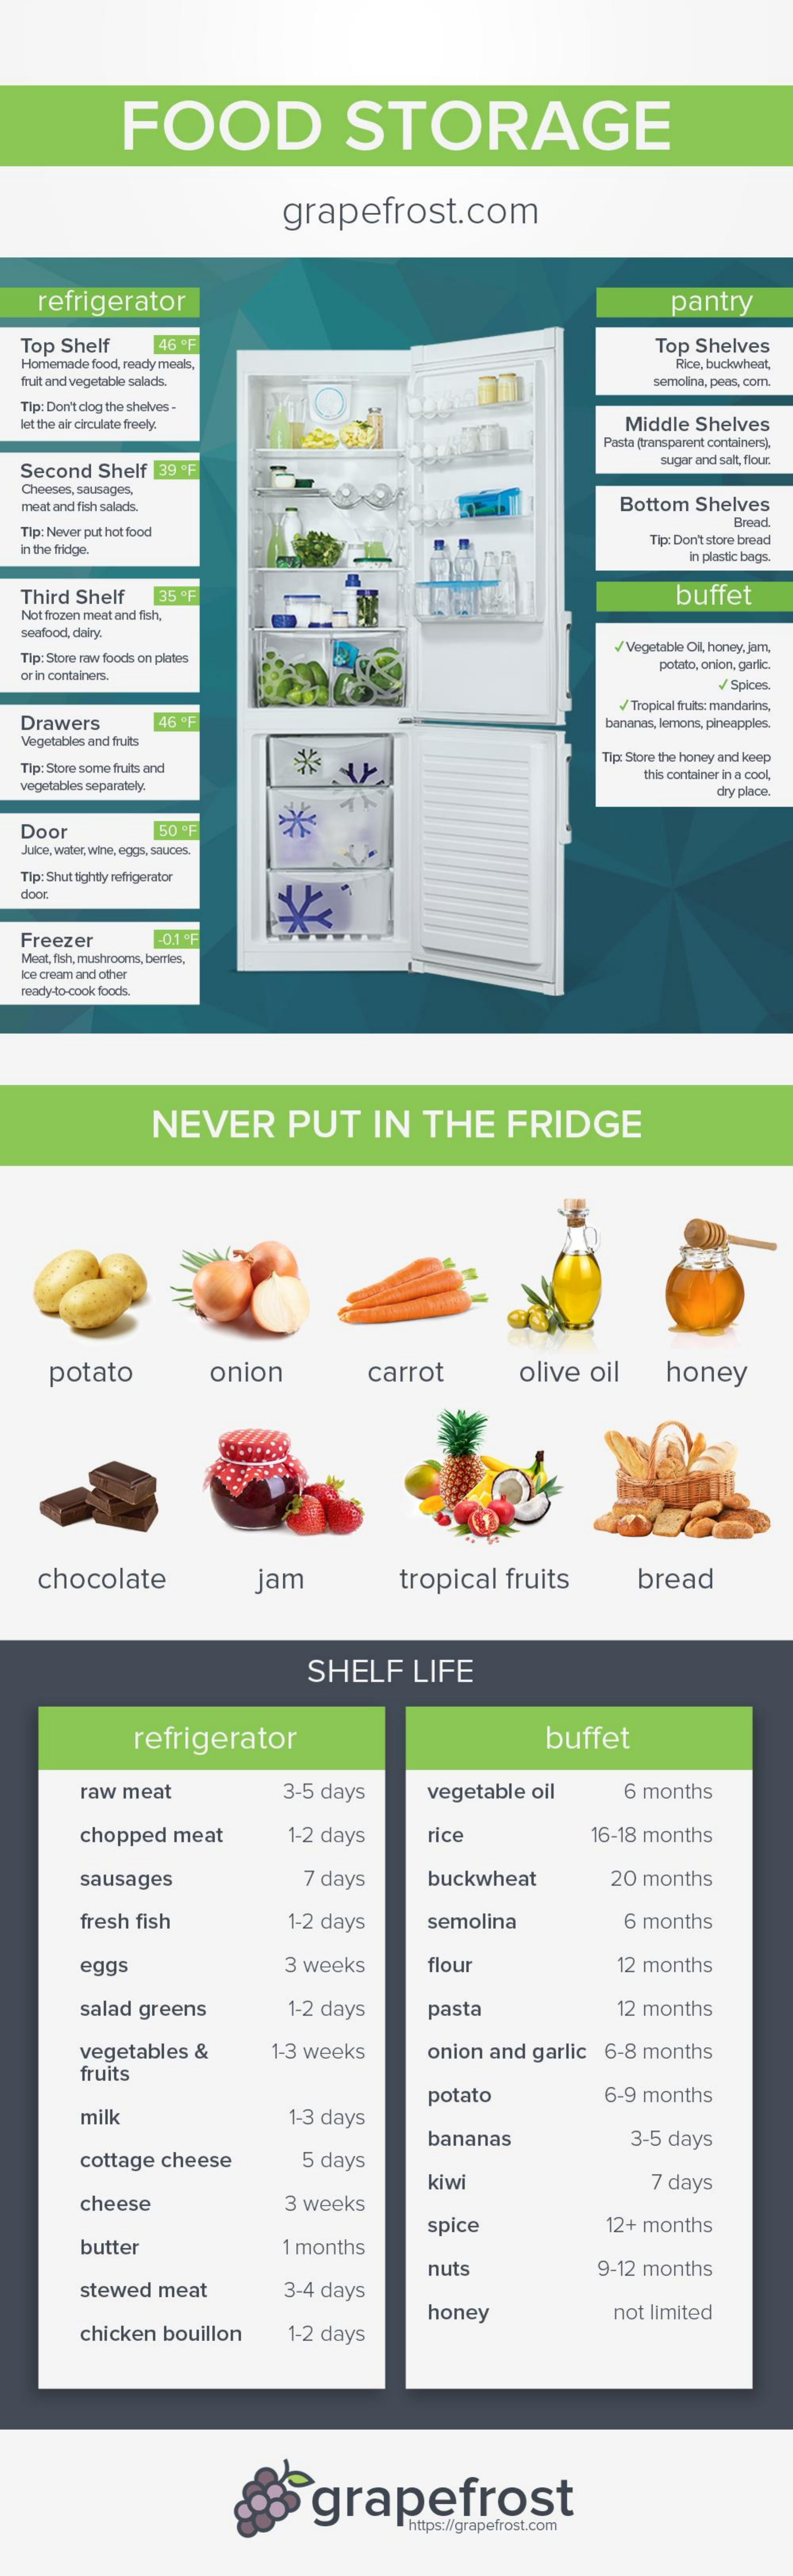
FOOD    STORAGE
     grapefrost.com
   refrigerator    pantry
  Top Shelf 46 ºF    Top Shelves
  Homemade food, ready meals,    Rice, buckwheat,
  fruit and vegetable salads.    semolina, peas, com.
  Tip: Don'tclog the shelves -
  let the air circulate freely.    Middle Shelves
     Pasta Gransparent containers).
  Second Shelf 39 ºF
     sugar and salt, flour
  Cheeses, sausages,
  meat and fish salads.    Bottom Shelves
  Tip: Never put hot food
     Brønd
  In the fridge.
     Tip: Don't store bread
     in plastic bags.
  Third Shelf 35 ºF    buffet
  Not frozen meat and fish,
  seafood, dairy.
  Tip: Store raw foods on plates
     / Vegetable Oil, honey,Jam,
  or in containers.
     potato, onion, garlic.
     V/ Spices.
  Drawers
     Tropical fruits: mandarins,
     46 ºF    bananas, lemons, pineapples.
  Vegetables and fruits
  Tip: Store some fruits and
     Tip: Store the honey and keep
  vegetables separately.
     this container in a cool,
     dry place.
  Door    50 ºF
  Juice, water, wine, eggs, sauces.
  Tip: Shut tightly refrigerator
  door
  Freezer  0.1 9F
  Meat, fish, mushrooms, berries,
  Ice cream and other
  ready-to-cook foods.
     NEVER    PUT   IN THE   FRIDGE
    potato    onion    carrot    olive oil honey
   chocolate    jam    tropical fruits bread
     SHELF LIFE
     refrigerator    buffet
     raw meat    3-5 days  vegetable oil 6 months
     chopped meat  1-2 days rice    16-18 months
     sausages    7 days   buckwheat   20 months
     fresh fish   1-2 days  semolina    6 months
     eggs    3 weeks   flour    12 months
     salad greens  1-2 days pasta    12 months
     vegetables & 1-3 weeks onion and garlic 6-8 months
     fruits
     1-3 days
     potato    6-9 months
     milk
     bananas    3-5 days
     cottage cheese 5 days
     kiwi    7 days
     cheese    3 weeks
     12+ months
     butter    1 months
     spice
     9-12 months
     3-4 days
     nuts
     stewed meat
     chicken bouillon 1-2 days
     honey    not limited
     grapefrost
     https://grapefrost.com